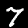
Digit: 7